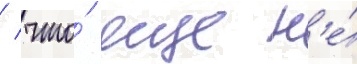
/ что́ еще н'е́